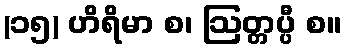
(၁၅) ဟိရိမာ စ၊ ဩတ္တပ္ပီ စ။